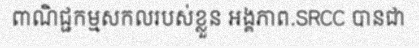
ពាណិជ្ជកម្មសកលរបស់ខ្លួន អង្គភាព.SRCC បានជា